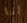
انا